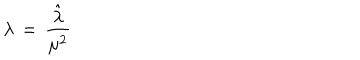
LaTeX: \lambda \, = \, { \frac { \hat { \lambda } } { \mu ^ { 2 } } }